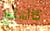
كالثلج